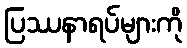
ပြဿနာရပ်များကို